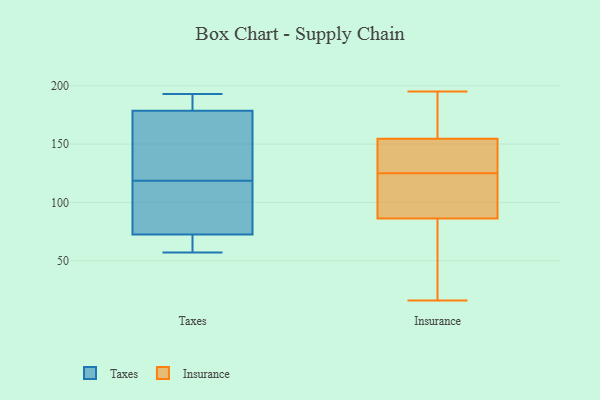
{"axis": {"x": "Humidity (%)", "y": "Value"}, "legend": ["Insurance", "Taxes"], "data": [{"x": "", "y": 57, "type": "Taxes"}, {"x": "", "y": 106, "type": "Taxes"}, {"x": "", "y": 66, "type": "Taxes"}, {"x": "", "y": 193, "type": "Taxes"}, {"x": "", "y": 79, "type": "Taxes"}, {"x": "", "y": 131, "type": "Taxes"}, {"x": "", "y": 179, "type": "Taxes"}, {"x": "", "y": 185, "type": "Taxes"}, {"x": "", "y": 178, "type": "Taxes"}, {"x": "", "y": 139, "type": "Taxes"}, {"x": "", "y": 94, "type": "Taxes"}, {"x": "", "y": 57, "type": "Taxes"}, {"x": "", "y": 187, "type": "Insurance"}, {"x": "", "y": 125, "type": "Insurance"}, {"x": "", "y": 16, "type": "Insurance"}, {"x": "", "y": 101, "type": "Insurance"}, {"x": "", "y": 122, "type": "Insurance"}, {"x": "", "y": 146, "type": "Insurance"}, {"x": "", "y": 42, "type": "Insurance"}, {"x": "", "y": 139, "type": "Insurance"}, {"x": "", "y": 153, "type": "Insurance"}, {"x": "", "y": 195, "type": "Insurance"}, {"x": "", "y": 159, "type": "Insurance"}, {"x": "", "y": 107, "type": "Insurance"}, {"x": "", "y": 17, "type": "Insurance"}]}